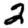
Digit: 2